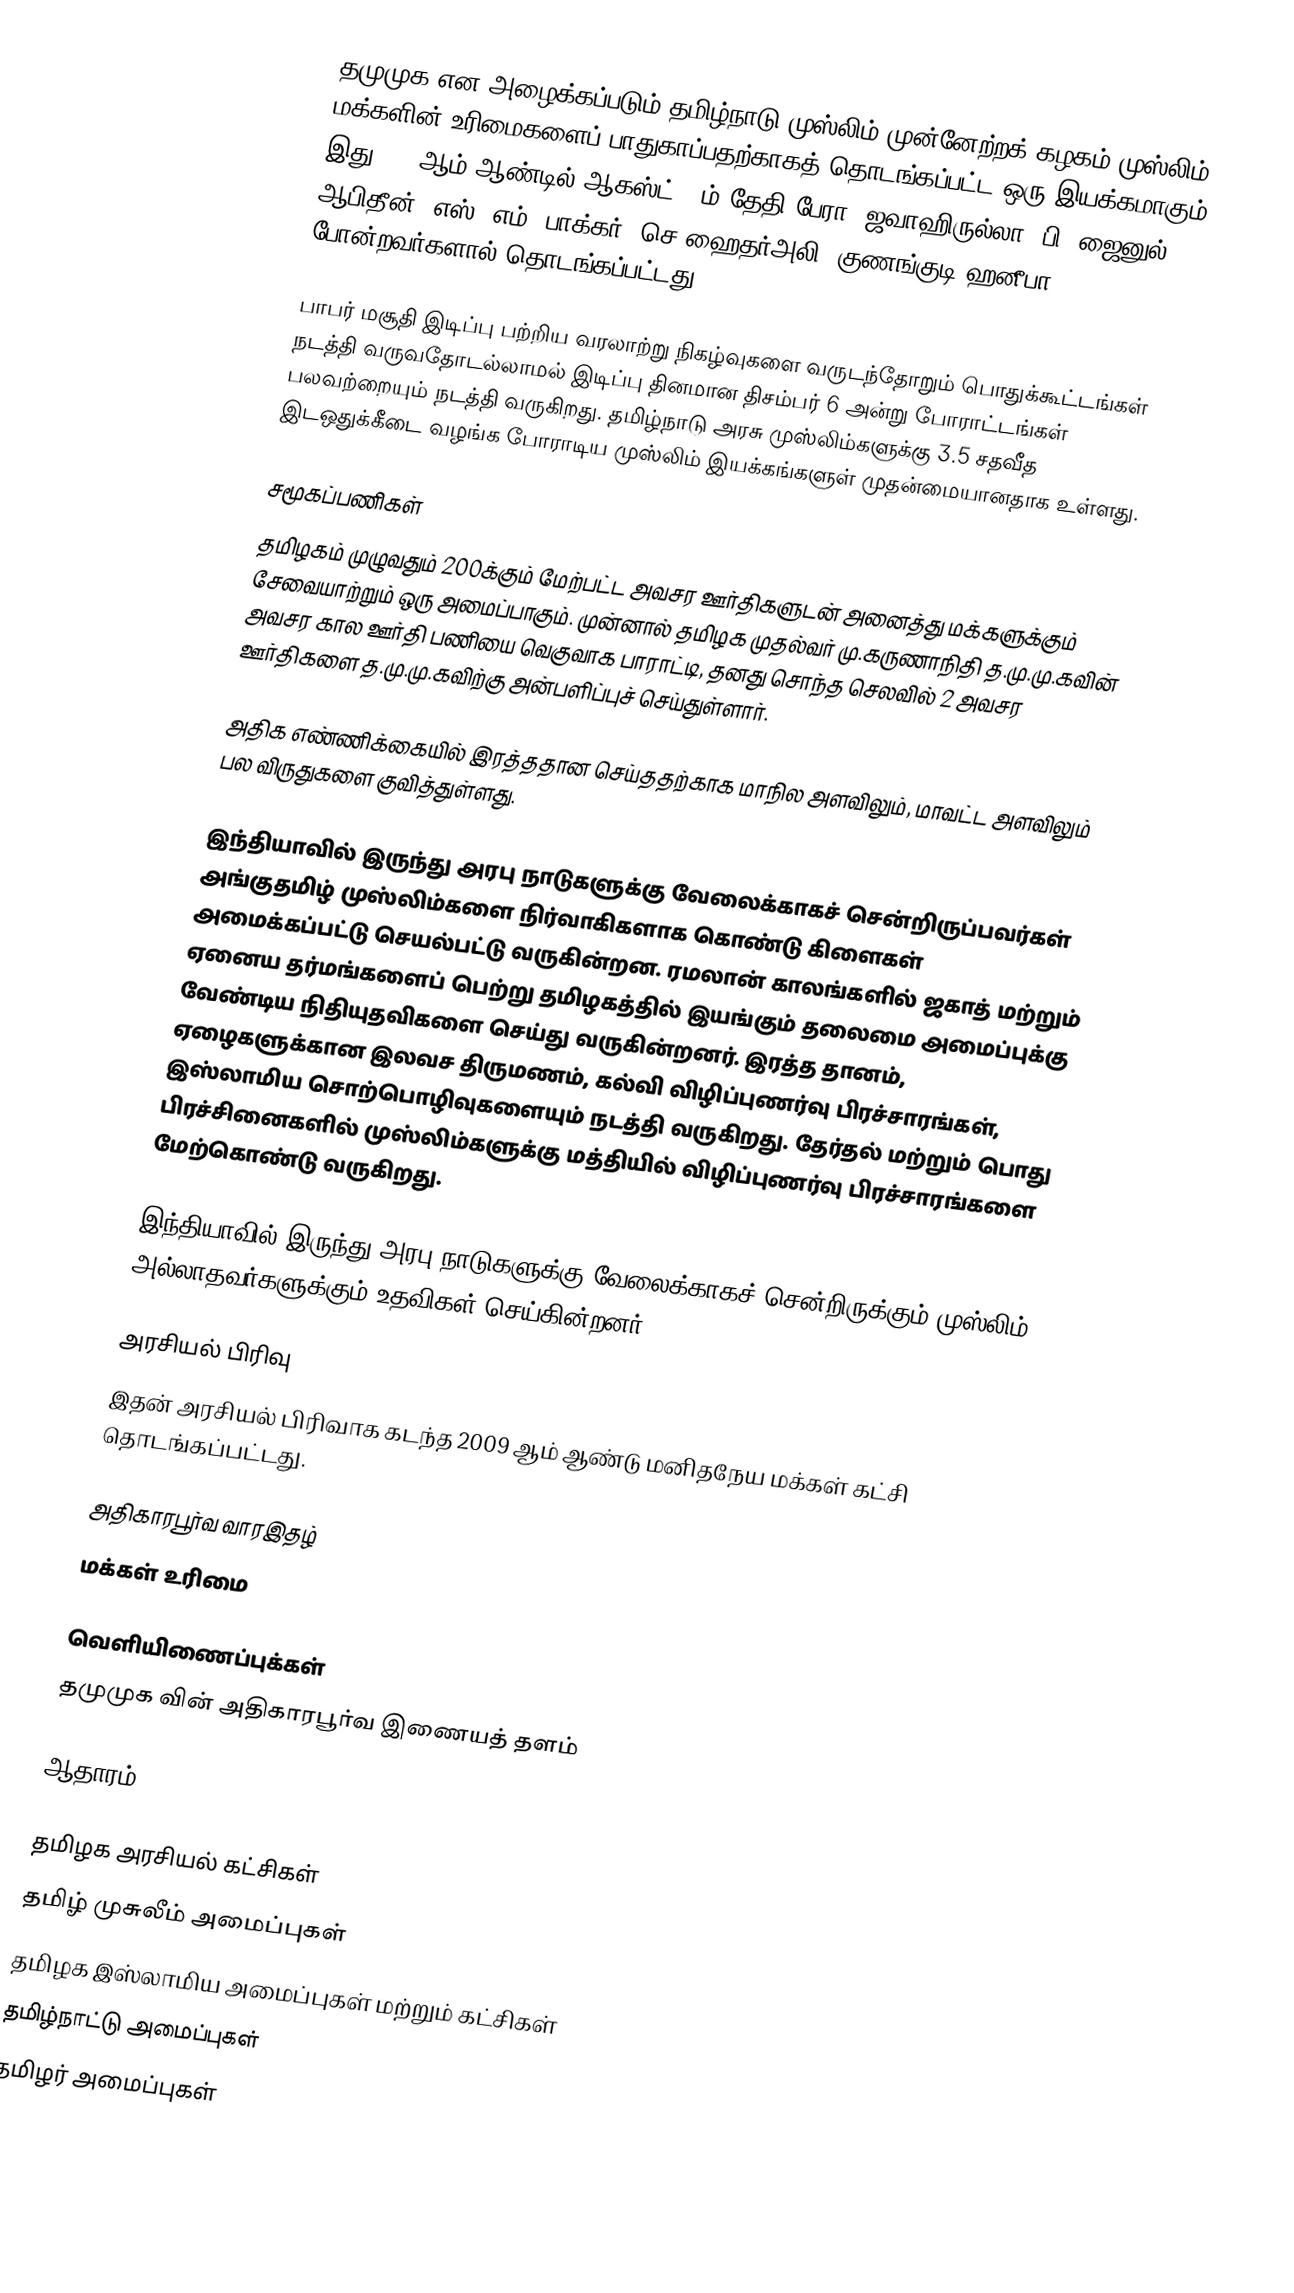
தமுமுக என அழைக்கப்படும் தமிழ்நாடு முஸ்லிம் முன்னேற்றக் கழகம் முஸ்லிம் மக்களின் உரிமைகளைப் பாதுகாப்பதற்காகத் தொடங்கப்பட்ட ஒரு இயக்கமாகும். இது 1995ஆம் ஆண்டில் ஆகஸ்ட் 25ம் தேதி பேரா. ஜவாஹிருல்லா, பி. ஜைனுல் ஆபிதீன், எஸ். எம். பாக்கர், செ.ஹைதர்அலி, குணங்குடி ஹனீபா போன்றவர்களால் தொடங்கப்பட்டது.

பாபர் மசூதி இடிப்பு பற்றிய வரலாற்று நிகழ்வுகளை வருடந்தோறும் பொதுக்கூட்டங்கள் நடத்தி வருவதோடல்லாமல் இடிப்பு தினமான திசம்பர் 6 அன்று போராட்டங்கள் பலவற்றையும் நடத்தி வருகிறது. தமிழ்நாடு அரசு முஸ்லிம்களுக்கு 3.5 சதவீத இடஒதுக்கீடை வழங்க போராடிய முஸ்லிம் இயக்கங்களுள் முதன்மையானதாக உள்ளது.

சமூகப்பணிகள்
தமிழகம் முழுவதும் 200க்கும் மேற்பட்ட அவசர ஊர்திகளுடன் அனைத்து மக்களுக்கும் சேவையாற்றும் ஒரு அமைப்பாகும். முன்னால் தமிழக முதல்வர் மு.கருணாநிதி த.மு.மு.கவின் அவசர கால ஊர்தி பணியை வெகுவாக பாராட்டி, தனது சொந்த செலவில் 2 அவசர ஊர்திகளை த.மு.மு.கவிற்கு அன்பளிப்புச் செய்துள்ளார்.

அதிக எண்ணிக்கையில் இரத்ததான செய்ததற்காக மாநில அளவிலும், மாவட்ட அளவிலும் பல விருதுகளை குவித்துள்ளது.

இந்தியாவில் இருந்து அரபு நாடுகளுக்கு வேலைக்காகச் சென்றிருப்பவர்கள் அங்குதமிழ் முஸ்லிம்களை நிர்வாகிகளாக கொண்டு கிளைகள் அமைக்கப்பட்டு செயல்பட்டு வருகின்றன. ரமலான் காலங்களில் ஜகாத் மற்றும் ஏனைய தர்மங்களைப் பெற்று தமிழகத்தில் இயங்கும் தலைமை அமைப்புக்கு வேண்டிய நிதியுதவிகளை செய்து வருகின்றனர். இரத்த தானம், ஏழைகளுக்கான இலவச திருமணம், கல்வி விழிப்புணர்வு பிரச்சாரங்கள், இஸ்லாமிய சொற்பொழிவுகளையும் நடத்தி வருகிறது. தேர்தல் மற்றும் பொது பிரச்சினைகளில் முஸ்லிம்களுக்கு மத்தியில் விழிப்புணர்வு பிரச்சாரங்களை மேற்கொண்டு வருகிறது.

இந்தியாவில் இருந்து அரபு நாடுகளுக்கு வேலைக்காகச்  சென்றிருக்கும் முஸ்லிம் அல்லாதவர்களுக்கும் உதவிகள் செய்கின்றனர்.

அரசியல் பிரிவு
இதன் அரசியல் பிரிவாக  கடந்த 2009 ஆம் ஆண்டு மனிதநேய மக்கள் கட்சி தொடங்கப்பட்டது.

அதிகாரபூர்வ வாரஇதழ்
மக்கள் உரிமை

வெளியிணைப்புக்கள்
 தமுமுக வின் அதிகாரபூர்வ இணையத் தளம்

ஆதாரம்

தமிழக அரசியல் கட்சிகள்
தமிழ் முசுலீம் அமைப்புகள்
தமிழக இஸ்லாமிய அமைப்புகள் மற்றும் கட்சிகள்
தமிழ்நாட்டு அமைப்புகள்
தமிழர் அமைப்புகள்